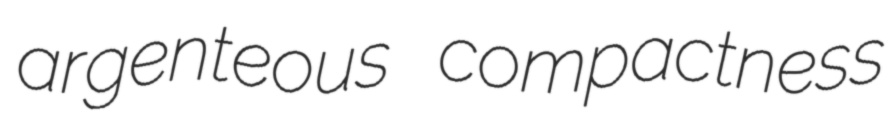
argenteous compactness